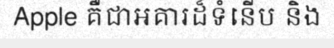
Apple គឺជាអគារដ៏ទំនើប និង